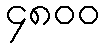
၄၈၀၀